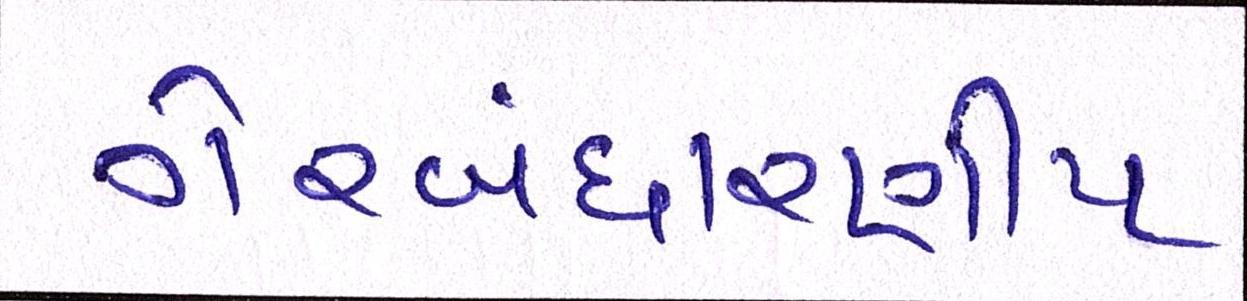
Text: ગેરબંધારણીય